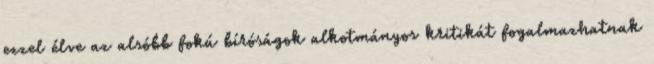
ezzel élve az alsóbb fokú bíróságok alkotmányos kritikát fogalmazhatnak